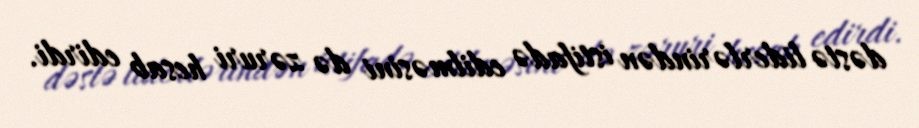
dəstə liderlərindən istifadə edilməsini də zəruri hesab edirdi.